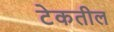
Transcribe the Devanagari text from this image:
टेकतील